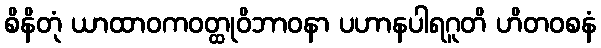
စိနိတုံ ယာထာဝကဝတ္ထုဝိဘာဝနာ ပဟာနပါရဂူတိ ဟိတဝစနံ